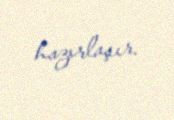
hazırlaşır.